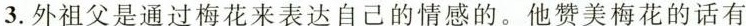
3. 外祖父是通过梅花来表达自己的情感的。他赞美梅花的话有